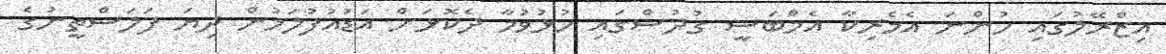
އިޒްރޭލުގައި ހުންނަ އެމެރިކާ އެމްބަސީ ގުދުސްގައި ހުޅުވުމާ ދެކޮޅަށް އަޑުއުފުލަމުން ދިޔަ ފަލަސްތީނުގެ